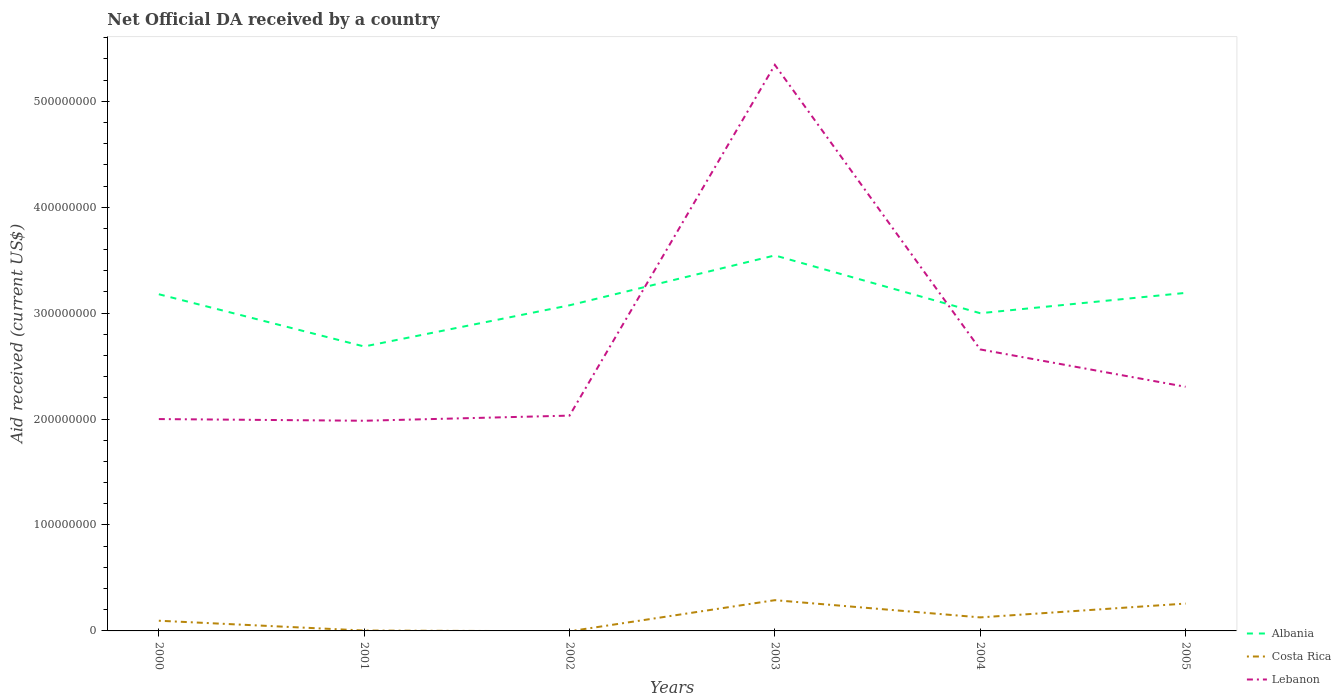
| Years | Albania | Costa Rica | Lebanon |
 | --- | --- | --- | --- |
 | 2000 | 3.18e+08 | 9.62e+06 | 2e+08 |
 | 2001 | 2.69e+08 | 3.7e+05 | 1.98e+08 |
 | 2002 | 3.07e+08 | -3.4e+05 | 2.03e+08 |
 | 2003 | 3.54e+08 | 2.9e+07 | 5.34e+08 |
 | 2004 | 3e+08 | 1.28e+07 | 2.66e+08 |
 | 2005 | 3.19e+08 | 2.58e+07 | 2.3e+08 |